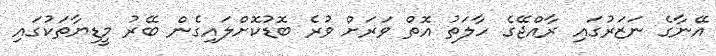
އޭނާގެ ނަޒަރުގައި ރާއްޖޭގެ ހާލަތު އޮތް ވަރަށް ވުރެ ބޮޑުކޮށްލައިގެން ބޭރު މީޑިޔާތަކުގައި